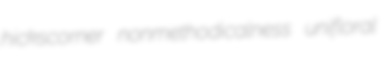
hickscorner nonmethodicalness unifloral